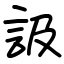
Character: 訯